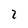
Character: 2